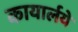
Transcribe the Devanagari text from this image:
कायार्लये